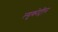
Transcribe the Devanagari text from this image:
ल्यूकोट्रीन